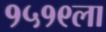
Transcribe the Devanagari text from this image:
१५१९ला